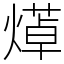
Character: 㷹